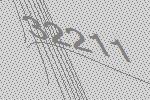
32211